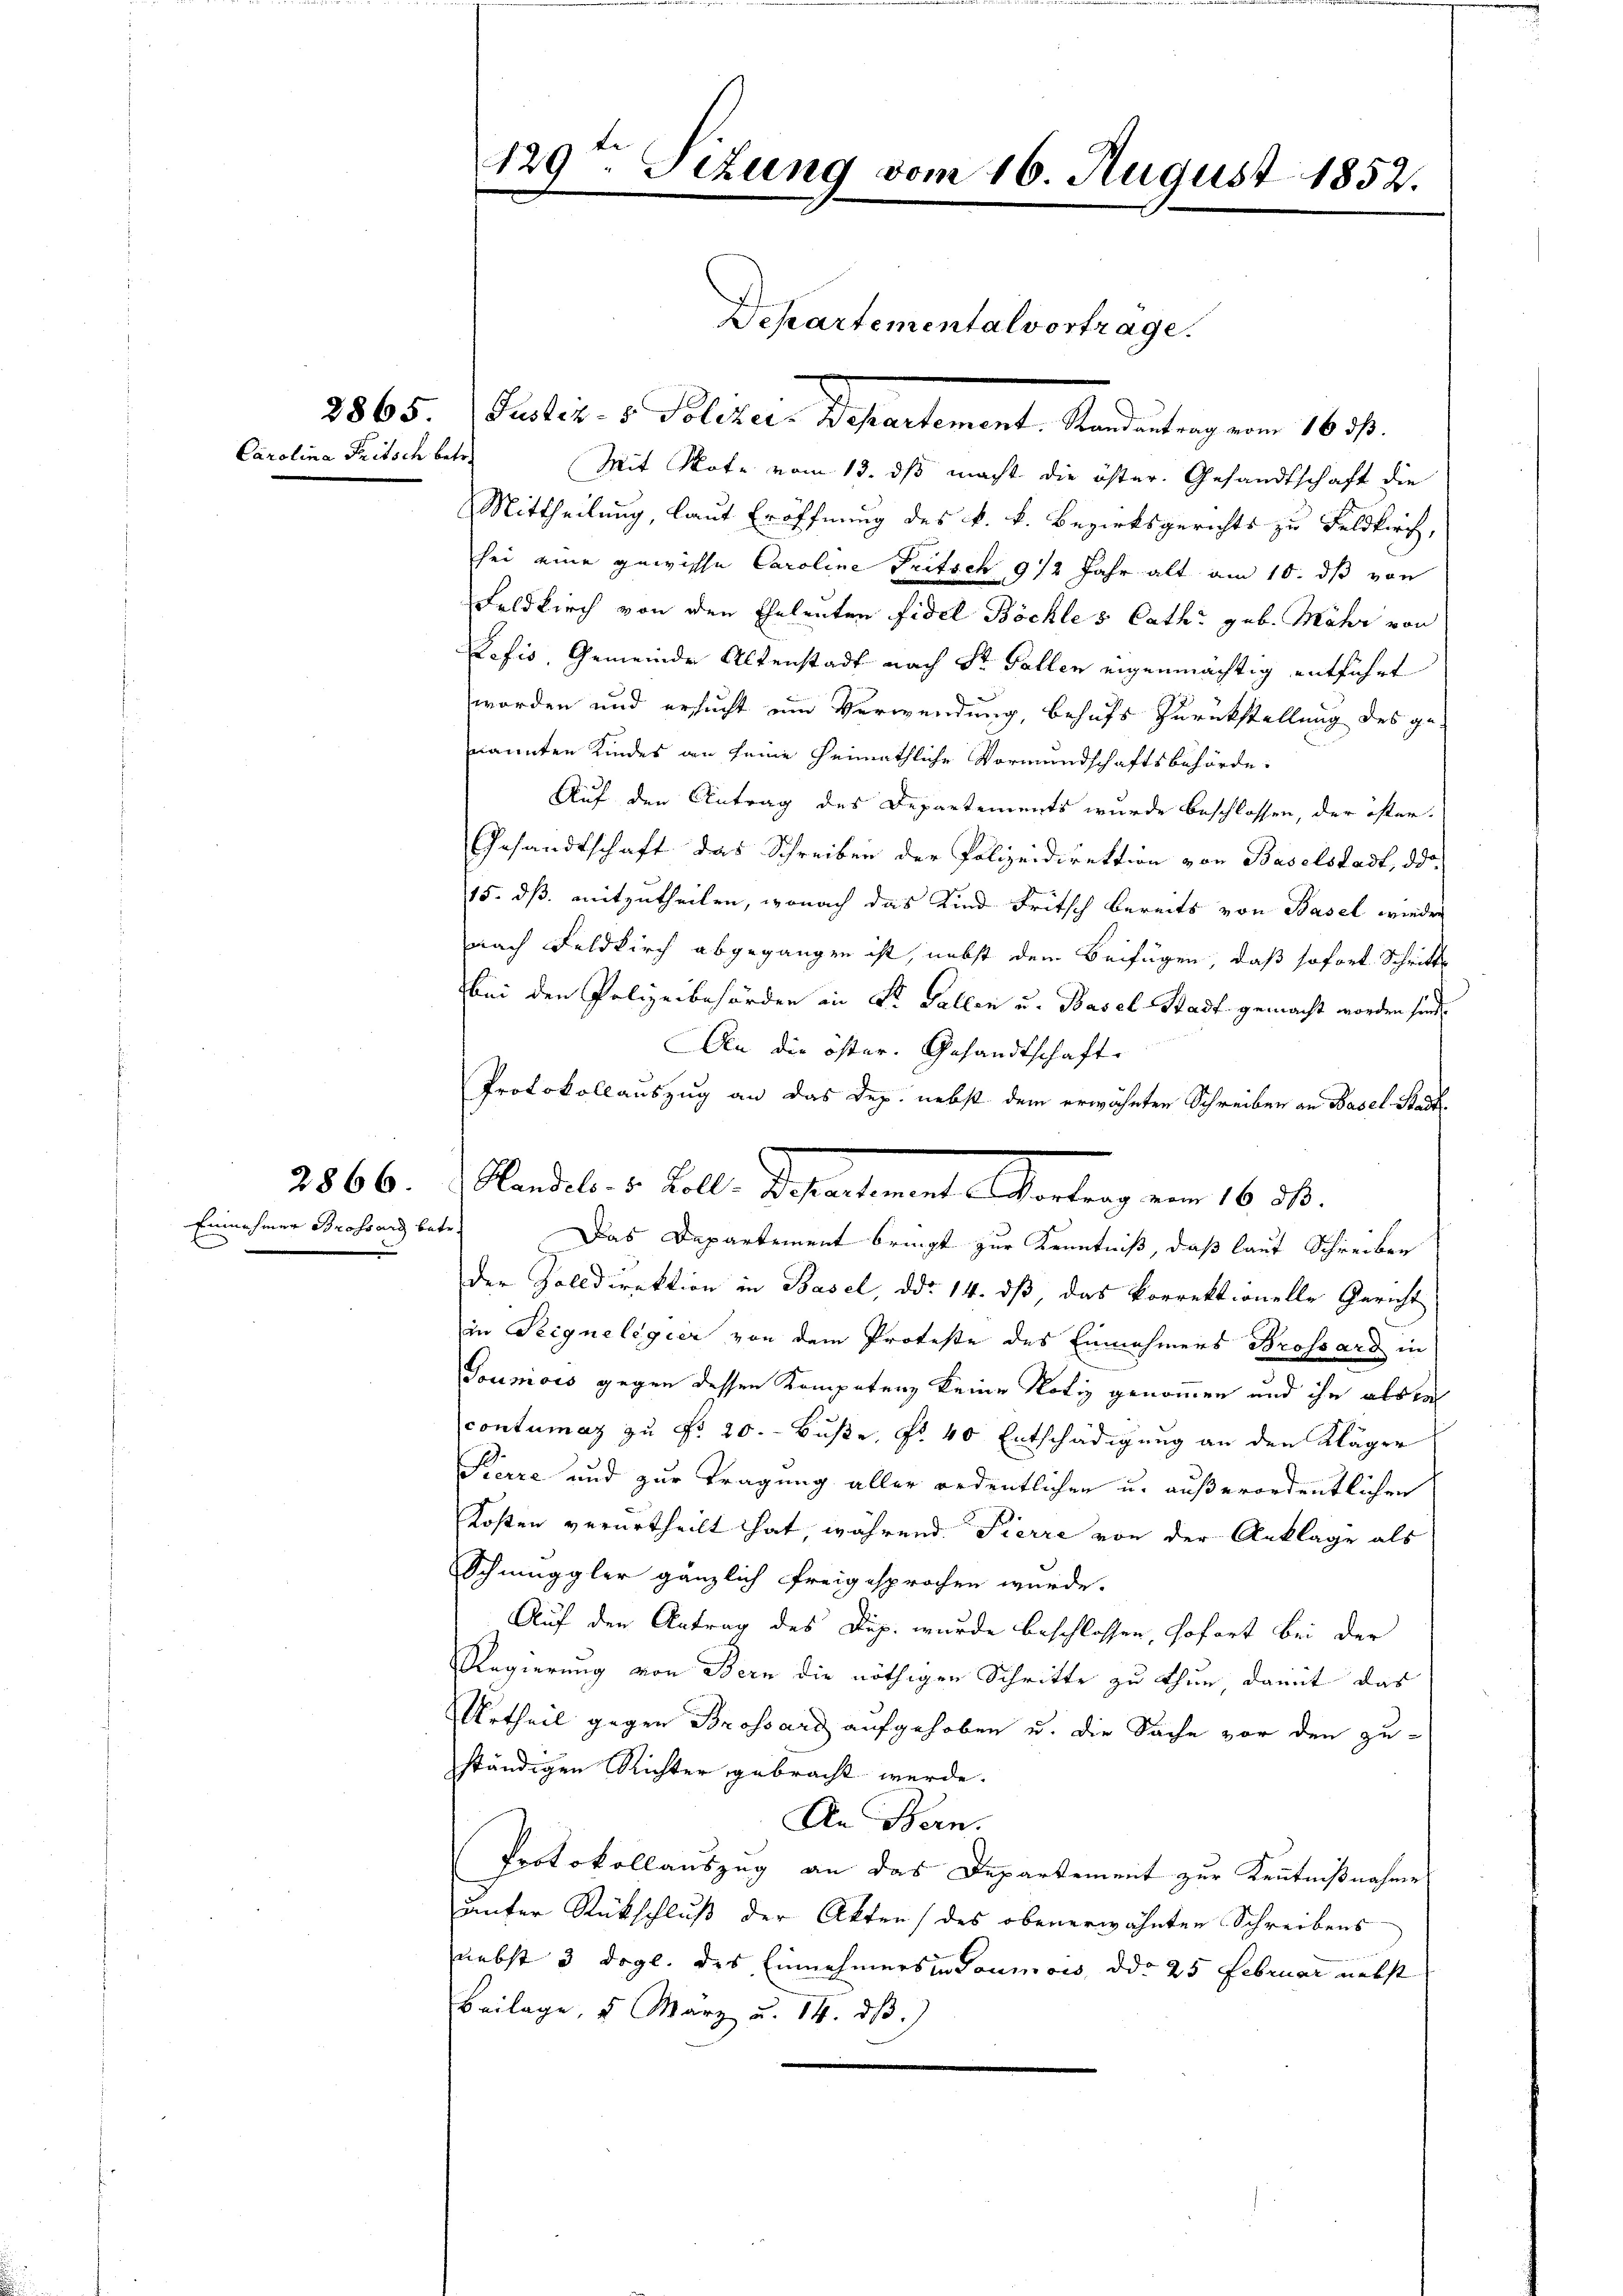
2865.
Carolina Tritsch betre

2866.

129. Sizung vom 16. August 1852.

Satis v. Plinie Departement Martig von 1817.
Mit Note vom 13. ds macht die öster. Gesandtschaft die
Mittheilung, laut Eröffnung des k. k. Bezirksgerichts zu Feldkirch,
sei eine gewisse Caroline Fritsch 912 Jahr alt am 10. ds von
Feldkirch von den Eheleuten Fidel Böckles Cathe geb. Mehr von
Lefis, Gemeinde Altenstadt nach Sr. Gallen eigenmächtig entführt
worden und ersucht ein Verwendung, behufs Zurückstellung des ge
nannten Kindes an seine heimathliche Vormundschaftsbehörde.
Auf den Antrag des Departements wurde beschlossen, der öster.
Gesandtschaft das Schreiben der Polizeidirektion von Baselstadt, da
15. dß mitzutheilen, wonach das Kind Fritsch bereits von Basel wieder
nach Feldkirch abgegangen ist, nebst dem Beifügen, daß sofort Schritt
bei den Polizeibehörden in St. Gallen u. Basel-Stadt gemacht worden sind.
An die öster. Gesandtschaft.
Protokollauszug an das Dep. nebst dem erwähnten Schreiben an Basel-Stadt-
Einnehmer Brossard betr. Das Departement bringt zur Kenntniß, daß laut Schreiben
der Zolldirektion in Basel, ddo 14. ds, das korrektionelle Gericht
in Teignelegier von dem Proteste des Einnahmers Brossard in
Toumisis gegen dessen Kompetenz keine Notiz genommen und ihn abste
contumaz zu No 20. - Buße, fl. 40 Entschädigung an den Kläger
Pierre und zur Tragung aller ordentlichen u. außerordentlichen
Kosten verurtheilt hat, während Pierre von der Anklage als
Schmuggler gänzlich freigesprochen würde.
Auf den Antrag des Dup. wurde beschlossen, sofort bei der
Regierung von Bern die nöthigen Schritte zu thun, damit das
Urtheil gegen Brossard aufgehoben u. die Sache vor den zu-
ständigen Richter gebracht werde.
An Bern.
Protokollauszug an das Departement zur Kenntnißnahme
unfer Rückschluß der Akten des obenerwähnten Schreibens
nebst 3 Dogl. des Einnehmers in Saumois, ddo 25 Februar nebst
Beilage, u. März u. 14. ds.

Departemental vortrage.

Nadelis Art. Schiedenen Antrag von 18. 10.